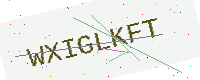
Text: WXIGLKFT